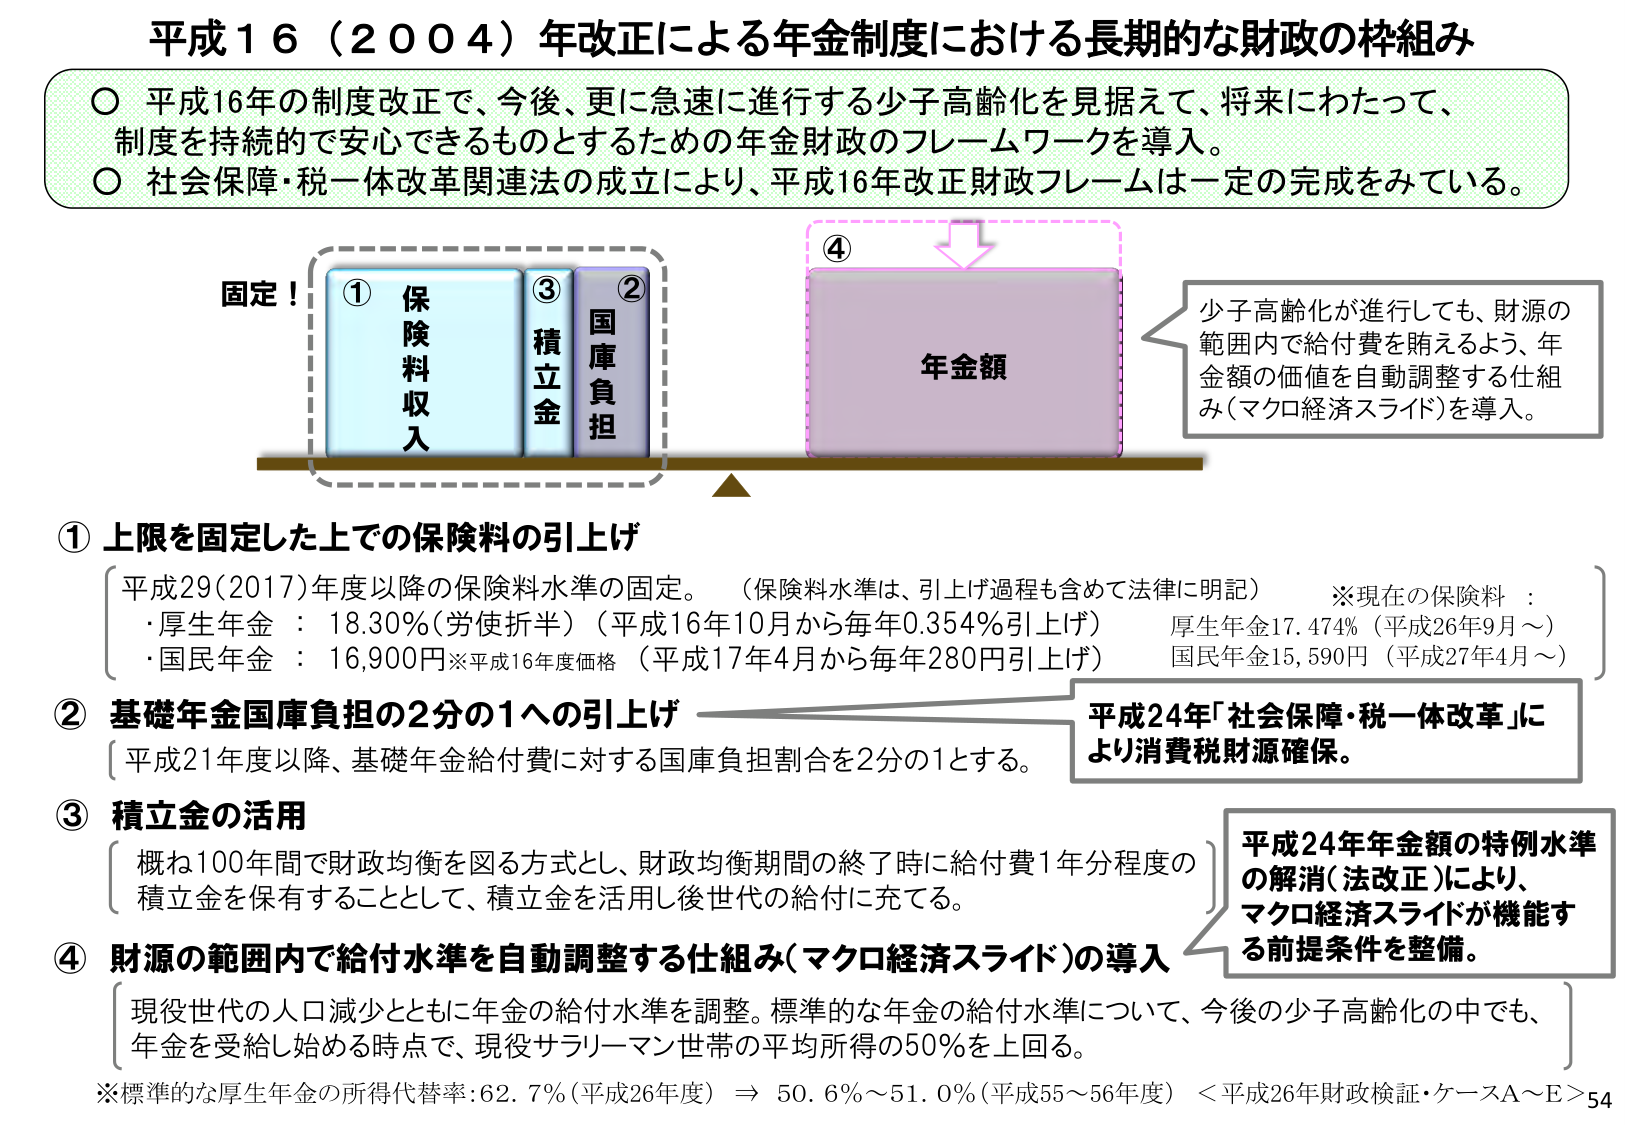
平成16（2004）年改正による年金制度における長期的な財政の枠組み

○ 平成16年の制度改正で、今後、更に急速に進行する少子高齢化を見据えて、将来にわたって、制度を持続的で安心できるものとするための年金財政のフレームワークを導入。
○ 社会保障・税一体改革関連法の成立により、平成16年改正財政フレームは一定の完成をみている。

固定！
① 保険料収入
③ 積立金
② 国庫負担

④
年金額

少子高齢化が進行しても、財源の範囲内で給付費を賄えるよう、年金額の価値を自動調整する仕組み（マクロ経済スライド）を導入。

① 上限を固定した上での保険料の引上げ
平成29（2017）年度以降の保険料水準の固定。（保険料水準は、引上げ過程も含めて法律に明記）
・厚生年金：18.30％（労使折半）（平成16年10月から毎年0.354％引上げ）
・国民年金：16,900円※平成16年度価格（平成17年4月から毎年280円引上げ）
※現在の保険料：
厚生年金17.474％（平成26年9月～）
国民年金15,590円（平成27年4月～）

② 基礎年金国庫負担の2分の1への引上げ
平成21年度以降、基礎年金給付費に対する国庫負担割合を2分の1とする。
平成24年「社会保障・税一体改革」により消費税財源確保。

③ 積立金の活用
概ね100年間で財政均衡を図る方式とし、財政均衡期間の終了時に給付費1年分程度の積立金を保有することとして、積立金を活用し後世代の給付に充てる。
平成24年年金額の特例水準の解消（法改正）により、マクロ経済スライドが機能する前提条件を整備。

④ 財源の範囲内で給付水準を自動調整する仕組み（マクロ経済スライド）の導入
現役世代の人口減少とともに年金の給付水準を調整。標準的な年金の給付水準について、今後の少子高齢化の中でも、年金を受給し始める時点で、現役サラリーマン世帯の平均所得の50％を上回る。
※標準的な厚生年金の所得代替率：62.7％（平成26年度）⇒ 50.6％～51.0％（平成55～56年度）＜平成26年財政検証・ケースA～E＞54